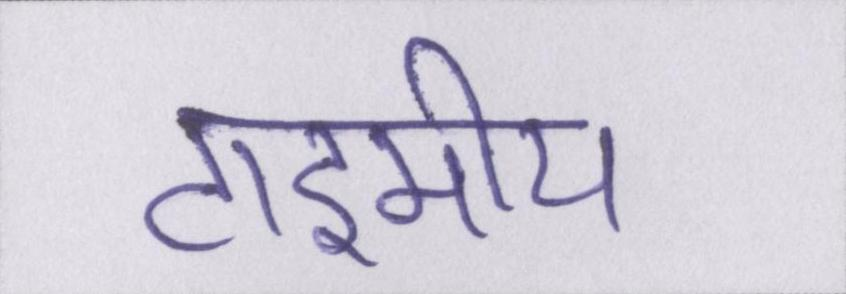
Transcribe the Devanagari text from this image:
टाइमीय